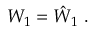
{ \cal W } _ { 1 } = \hat { { \cal W } } _ { 1 } \ .